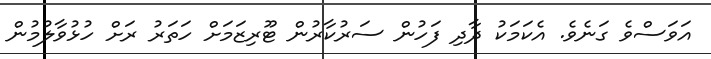
އަވަސްވެ ގަނެވެ. އެކަމަކު ދާދި ފަހުން ސަރުކާރުން ޓޫރިޒަމަށް ހަތަރު ރަށް ހުޅުވާލުމުން